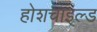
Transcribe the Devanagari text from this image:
होशचाइल्ड